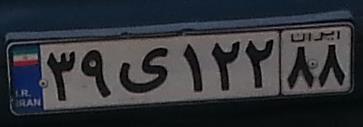
۳۹ی۱۲۲۸۸